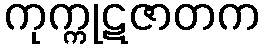
ကုက္ကုဋဇာတက